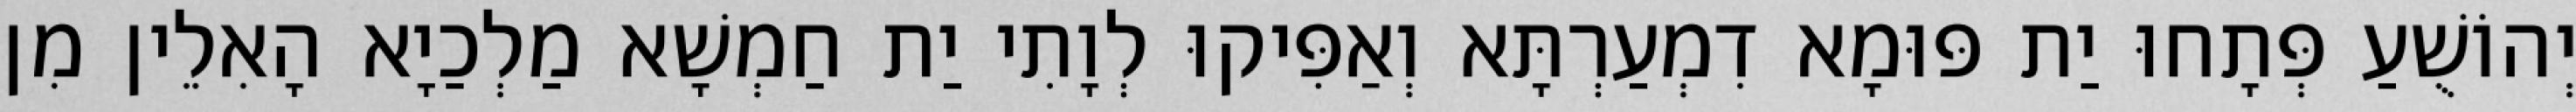
יְהוֹשֻׁעַ פְּתָחוּ יַת פּוּמָא דִמְעַרְתָּא וְאַפִּיקוּ לְוָתִי יַת חַמְשָׁא מַלְכַיָא הָאִלֵין מִן